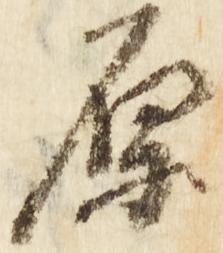
原